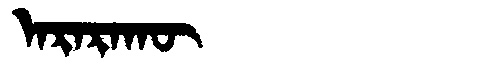
Manchu: ᠠᡵᠠᡵᠠᡴᡡ
Romanization: ARARAKŪ